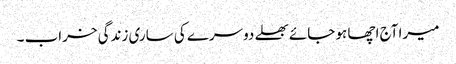
میرا آج اچھا ہو جائے بھلے دوسرے کی ساری زندگی خراب ۔